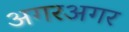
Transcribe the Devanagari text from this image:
अगरअगर